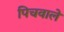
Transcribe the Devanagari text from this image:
पिचवाले